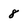
Character: 8